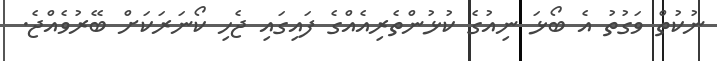
ނުކުތް ވަގުތު އެ ބޯޅަ ނިއުގެ ކުޅުންތެރިއެއްގެ ފައިގައި ޖެހި ކޯނަރަކަށް ބޭރުވެއްޖެ.